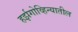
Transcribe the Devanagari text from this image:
हर्झगोव्हिन्यातील